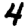
Digit: 4